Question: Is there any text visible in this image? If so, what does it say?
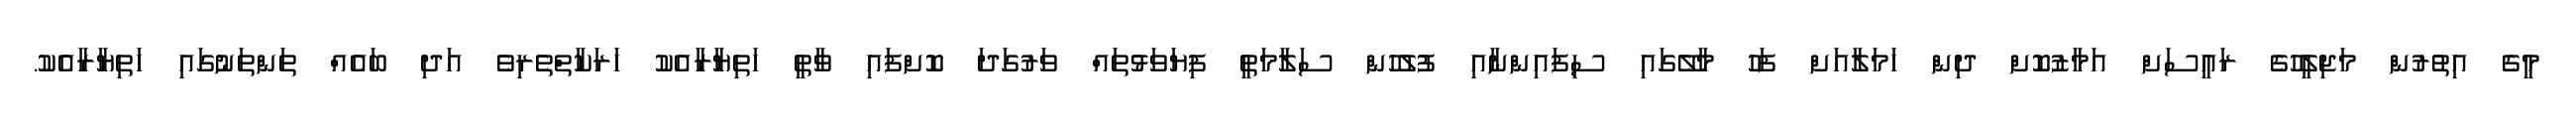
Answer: މީގެ އިތުރުން މަޖިލީހުގެ ރައީސަށް އަމާޒުކޮށް ދިން ހަމަލާއަށް ފަހު މާލޭގައި ސިފައިންނާއި ފުލުހުން ސަލާމަތީ ފިޔަވަޅުތައް ވަރުގަދަ ކޮށްފައި ވާތީ ހަތިޔާރާއެކު ހަރަކާތްތެރިވެ އަދި ބައެއް ތަންތަނުގައި ހަތިޔާރާއެކު.